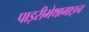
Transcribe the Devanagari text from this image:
पाइरीमेथामाइन